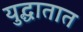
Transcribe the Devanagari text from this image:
युद्धातात